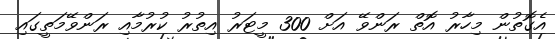
އެގޮތުން މިހާރު އޮތް ރަންވޭ އަށް 300 މީޓަރު އިތުރު ކުރުމާއި ރަންވޭމަތީގައި